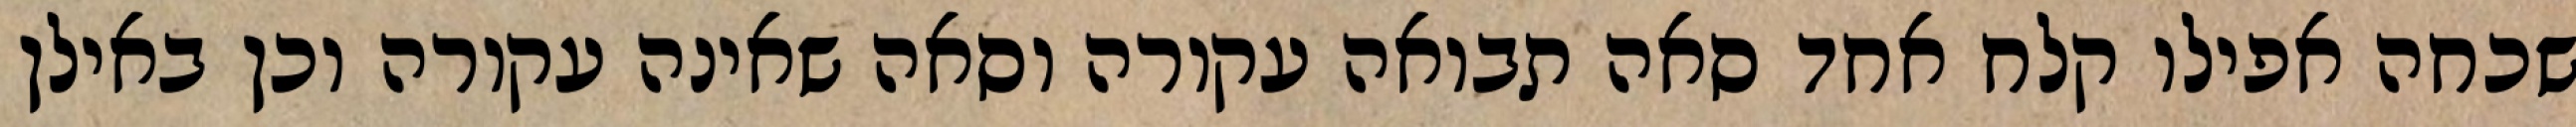
שכחה אפילו קלח אחד סאה תבואה עקורה וסאה שאינה עקורה וכן באילן